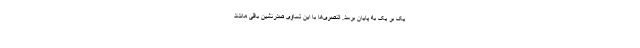
یک بر یک به پایان برسد. النصری‌ها با این تساوی صدرنشین باقی ماندند